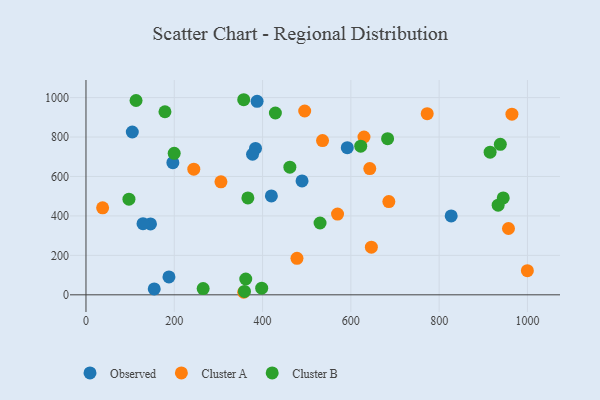
{"axis": {"x": "Study Hours", "y": "Yield"}, "legend": ["Cluster A", "Cluster B", "Observed"], "data": [{"x": "154.6", "y": 29.7, "type": "Observed"}, {"x": "419.9", "y": 501.2, "type": "Observed"}, {"x": "387.6", "y": 981.0, "type": "Observed"}, {"x": "146.1", "y": 359.3, "type": "Observed"}, {"x": "129.2", "y": 360.5, "type": "Observed"}, {"x": "104.9", "y": 825.5, "type": "Observed"}, {"x": "384.0", "y": 742.1, "type": "Observed"}, {"x": "187.9", "y": 90.6, "type": "Observed"}, {"x": "827.2", "y": 399.8, "type": "Observed"}, {"x": "377.3", "y": 712.6, "type": "Observed"}, {"x": "196.8", "y": 670.0, "type": "Observed"}, {"x": "489.4", "y": 577.4, "type": "Observed"}, {"x": "591.9", "y": 746.1, "type": "Observed"}, {"x": "305.7", "y": 573.1, "type": "Cluster A"}, {"x": "957.0", "y": 336.3, "type": "Cluster A"}, {"x": "244.2", "y": 636.8, "type": "Cluster A"}, {"x": "642.8", "y": 640.1, "type": "Cluster A"}, {"x": "535.8", "y": 781.8, "type": "Cluster A"}, {"x": "646.4", "y": 241.7, "type": "Cluster A"}, {"x": "357.3", "y": 12.9, "type": "Cluster A"}, {"x": "37.7", "y": 441.2, "type": "Cluster A"}, {"x": "477.9", "y": 185.1, "type": "Cluster A"}, {"x": "999.8", "y": 122.4, "type": "Cluster A"}, {"x": "772.9", "y": 918.4, "type": "Cluster A"}, {"x": "964.8", "y": 916.0, "type": "Cluster A"}, {"x": "686.0", "y": 472.7, "type": "Cluster A"}, {"x": "629.7", "y": 800.0, "type": "Cluster A"}, {"x": "495.4", "y": 931.9, "type": "Cluster A"}, {"x": "569.8", "y": 409.5, "type": "Cluster A"}, {"x": "199.8", "y": 717.4, "type": "Cluster B"}, {"x": "361.9", "y": 80.1, "type": "Cluster B"}, {"x": "683.2", "y": 791.5, "type": "Cluster B"}, {"x": "398.0", "y": 33.6, "type": "Cluster B"}, {"x": "945.1", "y": 491.2, "type": "Cluster B"}, {"x": "530.2", "y": 364.2, "type": "Cluster B"}, {"x": "933.6", "y": 454.3, "type": "Cluster B"}, {"x": "113.4", "y": 985.1, "type": "Cluster B"}, {"x": "265.4", "y": 31.9, "type": "Cluster B"}, {"x": "366.7", "y": 491.4, "type": "Cluster B"}, {"x": "357.3", "y": 989.1, "type": "Cluster B"}, {"x": "429.0", "y": 921.8, "type": "Cluster B"}, {"x": "915.4", "y": 723.3, "type": "Cluster B"}, {"x": "97.3", "y": 485.1, "type": "Cluster B"}, {"x": "938.5", "y": 763.1, "type": "Cluster B"}, {"x": "461.8", "y": 647.1, "type": "Cluster B"}, {"x": "178.9", "y": 928.2, "type": "Cluster B"}, {"x": "359.0", "y": 17.0, "type": "Cluster B"}, {"x": "622.3", "y": 753.7, "type": "Cluster B"}]}